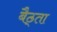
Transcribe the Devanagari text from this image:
बैठ्ता